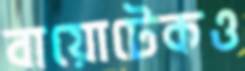
বায়োটেকও